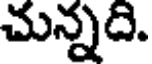
చున్నది.